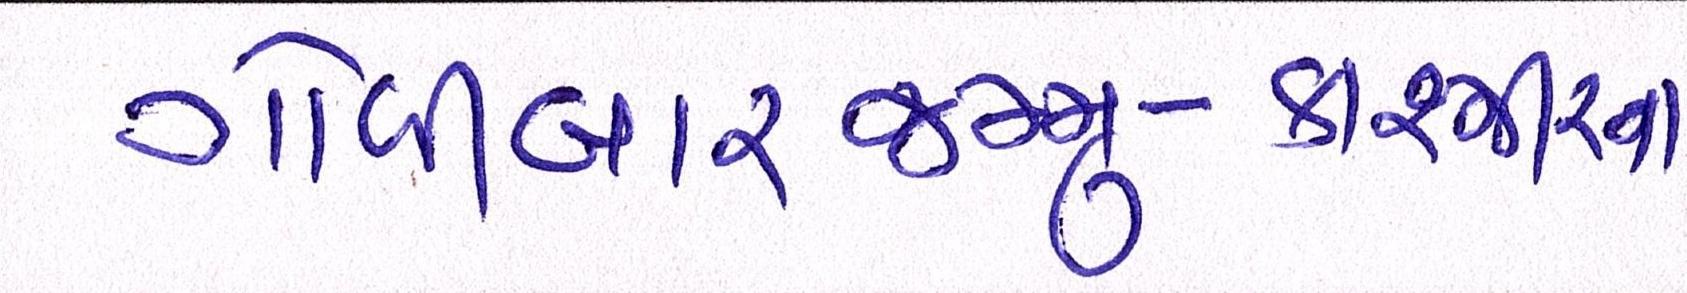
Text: ગોળીબારજમ્મુ-કાશ્મીરના